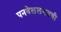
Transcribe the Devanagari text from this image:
पनवेललगतची